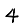
Digit: 4